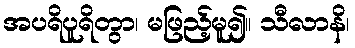
အပရိပူရိတွာ၊ မဖြည့်မူ၍။ သီလာနိ၊